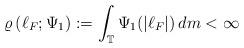
LaTeX: \begin{align*}\varrho\left(\ell_F; \Psi_1\right) := \int_\mathbb{T} \Psi_1(|\ell_F|)\, dm < \infty\end{align*}